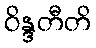
ဝိန္ဒတီတိ